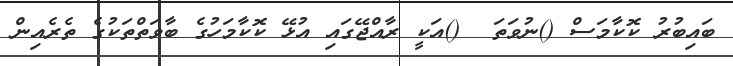
ބައިބުރު ކޮކާމަސް ()ނުވަތަ  ()އަކީ ރާއްޖޭގައި އުޅޭ ކޮކާމަހުގެ ބާވަތްތަކުގެ ތެރެއިން